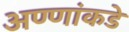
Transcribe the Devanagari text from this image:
अण्णांकडे